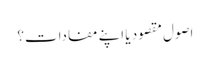
اصول مقصود یا اپنے مفادات؟